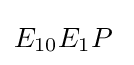
{E_{10}E_{1}P}\;